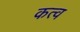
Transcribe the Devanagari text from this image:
कत्व